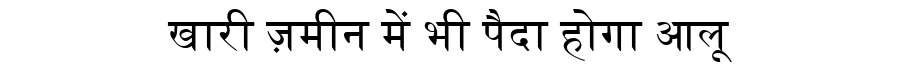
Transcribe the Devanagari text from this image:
खारी ज़मीन में भी पैदा होगा आलू